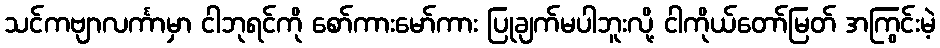
သင်ကဗျာလင်္ကာမှာ ငါဘုရင်ကို စော်ကားမော်ကား ပြုချက်မပါဘူးလို့ ငါကိုယ်တော်မြတ် အကြွင်းမဲ့